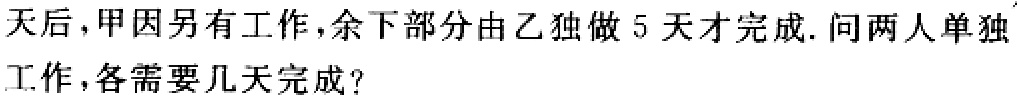
天后，甲因另有工作，余下部分由乙独做 5 天才完成. 问两人单独工作，各需要几天完成？